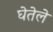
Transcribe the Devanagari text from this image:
घेतेले